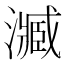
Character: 㵴